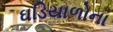
ઘડિયાળોના